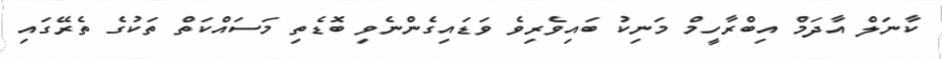
ކާނަލް އާދަމް އިބްރާހީމް މަނިކު ބައިވެރިވެ ވަޑައިގެންނެވި ބޮޑެތި މަސައްކަތް ތަކުގެ ތެރޭގައި